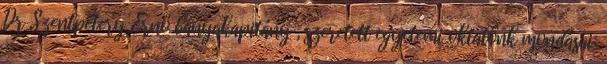
Dr Szentpétery Ernő bányakapitány , szeretett egyetemi oktatónk mondásai: